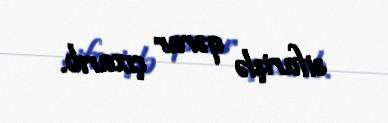
sifarişlə qərar çıxarıb.